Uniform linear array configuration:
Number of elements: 48
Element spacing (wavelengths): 0.75
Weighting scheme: cosine
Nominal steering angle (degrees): -30
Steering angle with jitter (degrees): -31.226
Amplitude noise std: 0.05
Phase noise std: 0.05

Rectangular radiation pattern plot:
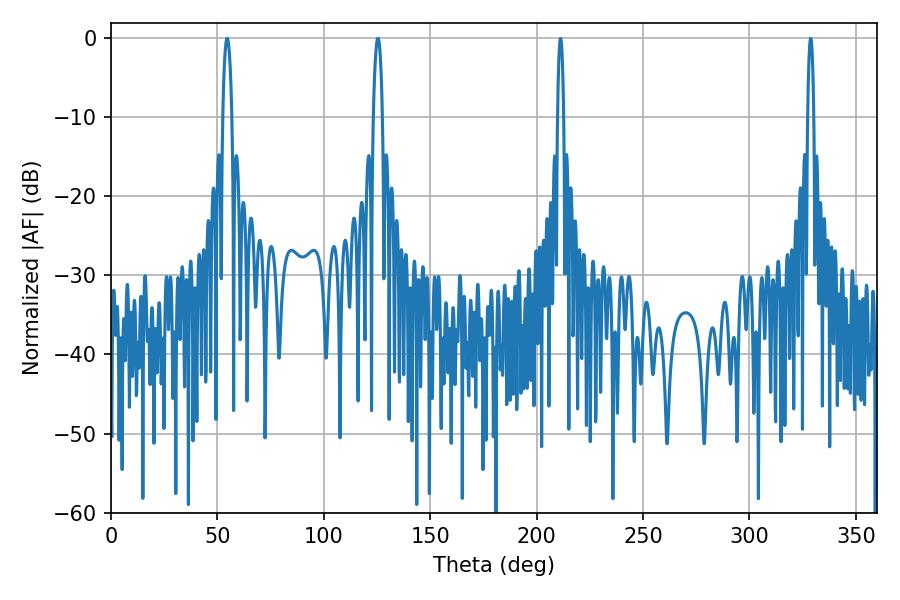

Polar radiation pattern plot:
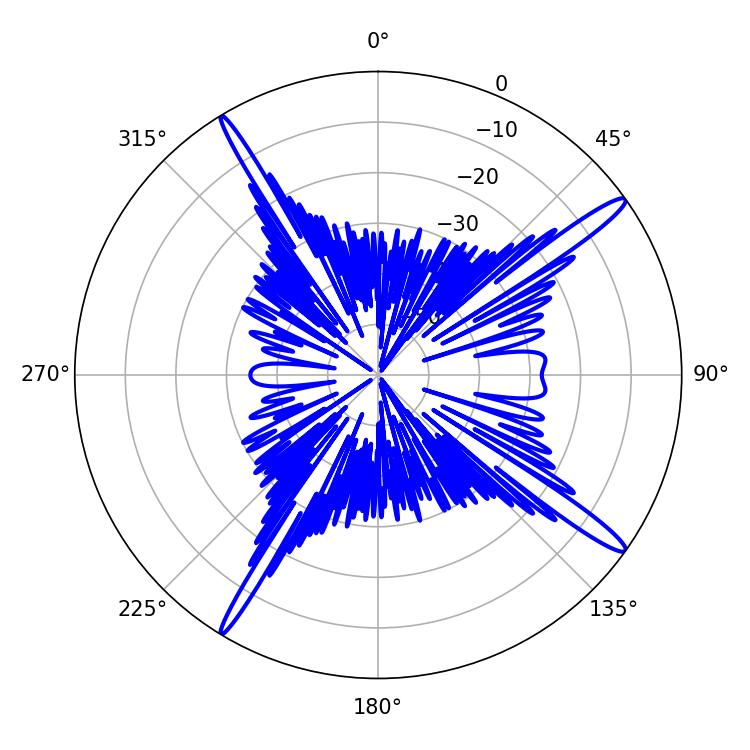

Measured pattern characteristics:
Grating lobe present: TRUE
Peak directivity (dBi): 16.468
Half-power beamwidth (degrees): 2.34
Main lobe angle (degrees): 54.54